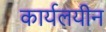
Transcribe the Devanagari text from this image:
कार्यलयीन